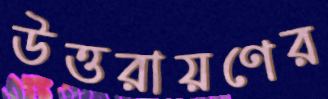
উত্তরায়ণের